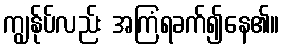
ကျွန်ုပ်လည်း အကြံရခက်၍နေ၏။